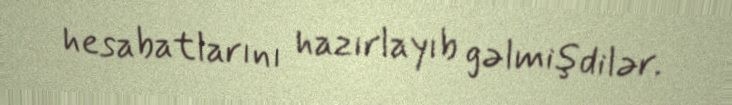
hesabatlarını hazırlayıb gəlmişdilər.